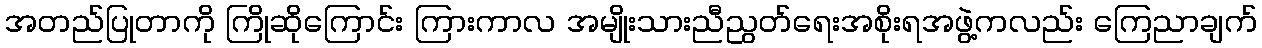
အတည်ပြုတာကို ကြိုဆိုကြောင်း ကြားကာလ အမျိုးသားညီညွတ်ရေးအစိုးရအဖွဲ့ကလည်း ကြေညာချက်